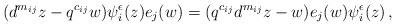
LaTeX: \begin{align*} (d^{m_{ij}}z-q^{c_{ij}}w)\psi^\epsilon_i(z)e_j(w)=(q^{c_{ij}}d^{m_{ij}}z-w)e_j(w)\psi^\epsilon_i(z) \,,\end{align*}